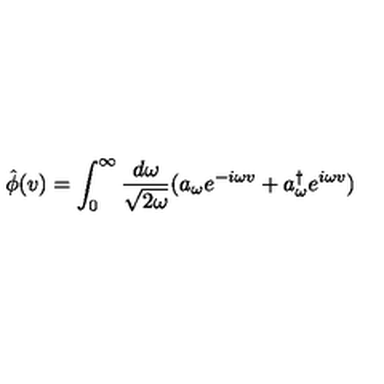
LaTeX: \hat { \phi } ( v ) = \int _ { 0 } ^ { \infty } \frac { d \omega } { \sqrt { 2 \omega } } ( a _ { \omega } e ^ { - i \omega v } + a _ { \omega } ^ { \dagger } e ^ { i \omega v } )